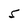
Character: 5